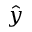
\hat { y }